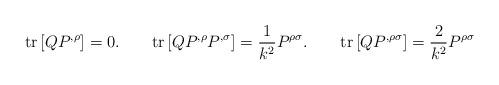
LaTeX: \begin{align*}{\rm tr}\left[ QP^{,\rho }\right] =0.\qquad {\rm tr}\left[ QP^{,\rho}P^{,\sigma }\right] =\frac{1}{k^{2}}P^{\rho \sigma }.\qquad {\rm tr}\left[QP^{,\rho \sigma }\right] =\frac{2}{k^{2}}P^{\rho \sigma }\end{align*}